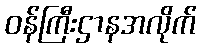
ဝန်ကြီးဌာနအလိုက်